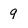
Character: 9